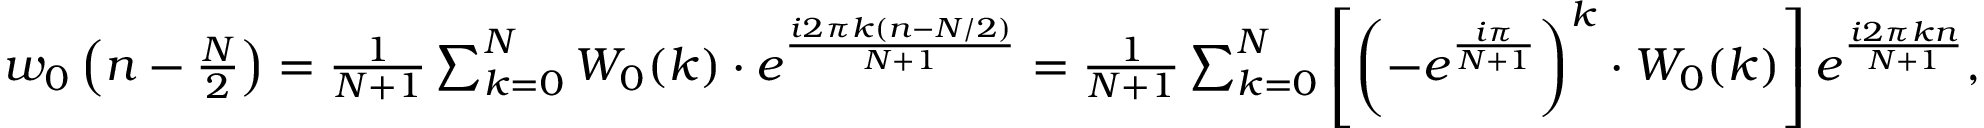
{ \begin{array} { r } { w _ { 0 } \left( n - { \frac { N } { 2 } } \right) = { \frac { 1 } { N + 1 } } \sum _ { k = 0 } ^ { N } W _ { 0 } ( k ) \cdot e ^ { \frac { i 2 \pi k ( n - N / 2 ) } { N + 1 } } = { \frac { 1 } { N + 1 } } \sum _ { k = 0 } ^ { N } \left[ \left( - e ^ { \frac { i \pi } { N + 1 } } \right) ^ { k } \cdot W _ { 0 } ( k ) \right] e ^ { \frac { i 2 \pi k n } { N + 1 } } , } \end{array} }